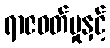
ရာဇဝတ်မှုနှင့်